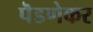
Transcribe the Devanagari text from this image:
पॆडणेकर